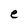
Character: e